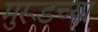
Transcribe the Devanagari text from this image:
मुरूडच्या